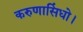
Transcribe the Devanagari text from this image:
करुणासिंधो।